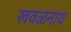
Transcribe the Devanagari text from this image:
खवळनाथ